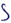
Text: S